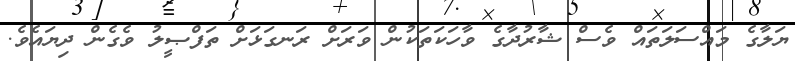
ޔަލާގެ މައްސަލަތައް ވެސް ޝާރުދާގެ ވާހަކަތަކުން ވަރަށް ރަނގަޅަށް ތަފްޞީލު ވެގެން ދިޔައެވެ.